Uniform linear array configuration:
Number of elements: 12
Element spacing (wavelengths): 0.75
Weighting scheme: uniform
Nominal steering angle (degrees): -30
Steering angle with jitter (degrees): -29.412
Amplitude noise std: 0.05
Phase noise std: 0.05

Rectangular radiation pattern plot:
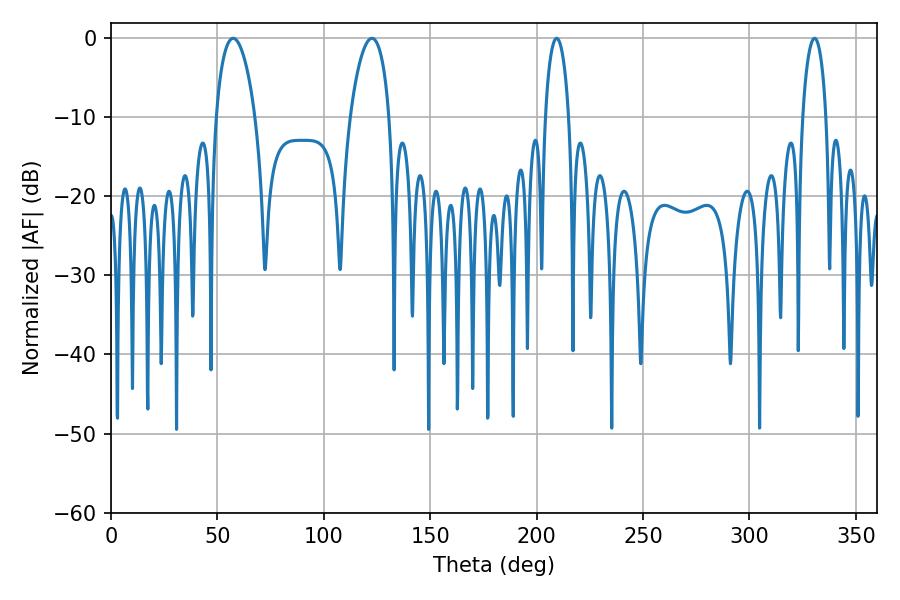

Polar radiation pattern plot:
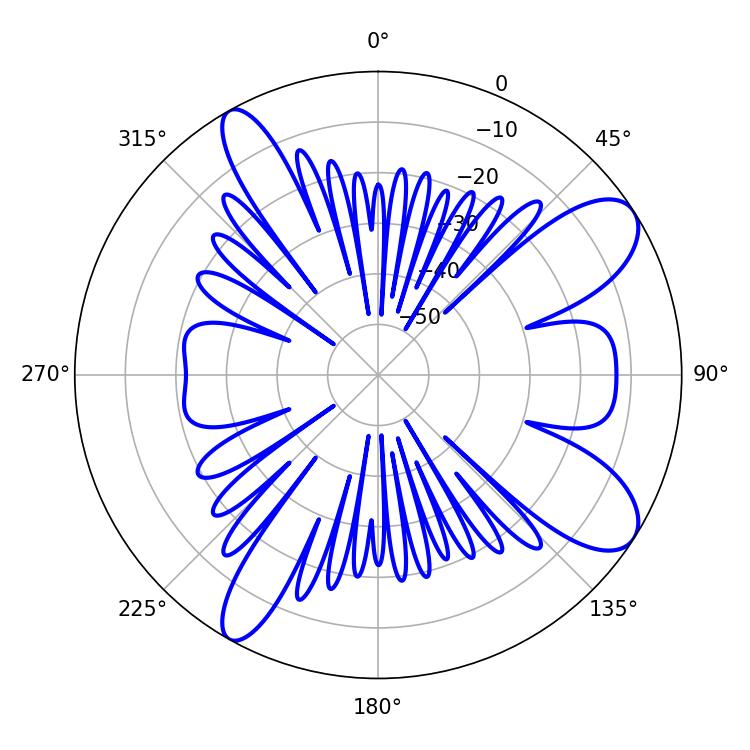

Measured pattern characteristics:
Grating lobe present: TRUE
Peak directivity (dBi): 9.528
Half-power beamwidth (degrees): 10.44
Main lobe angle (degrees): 57.42